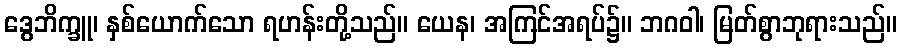
ဒွေဘိက္ခူ၊ နှစ်ယောက်သော ရဟန်းတို့သည်။ ယေန၊ အကြင်အရပ်၌။ ဘဂဝါ၊ မြတ်စွာဘုရားသည်။